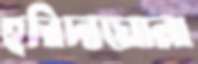
হরিদাঘোনা